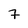
Character: 7